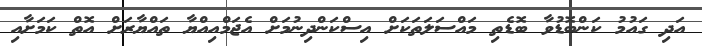
އަދި ގައުމު ކަންބޮޑުވާ ބޮޑެތި މައްސަލަތަކަށް އިސްކަންދިނުމަށް އެޖަމްއިއްޔާ ތައްޔާރަށް އޮތް ކަމަށާއި